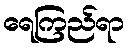
ရေကြည်ရာ